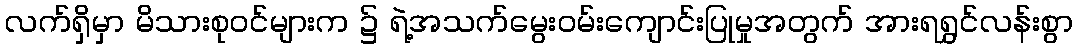
လက်ရှိမှာ မိသားစုဝင်များက ၌ ရဲ့အသက်မွေးဝမ်းကျောင်းပြုမှုအတွက် အားရရွှင်လန်းစွာ